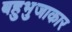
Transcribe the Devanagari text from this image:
बहुभुजाकार